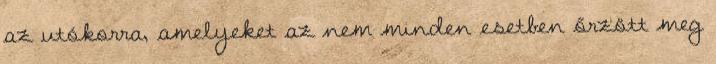
az utókorra, amelyeket az nem minden esetben őrzött meg